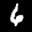
Label: 6